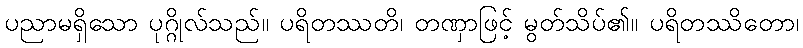
ပညာမရှိသော ပုဂ္ဂိုလ်သည်။ ပရိတဿတိ၊ တဏှာဖြင့် မွတ်သိပ်၏။ ပရိတဿိတော၊